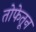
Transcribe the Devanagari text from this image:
तोफेतून